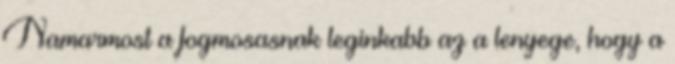
Namarmost a fogmosasnak leginkabb az a lenyege, hogy a